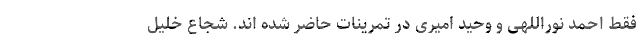
فقط احمد نوراللهی و وحید امیری در تمرینات حاضر شده اند. شجاع خلیل